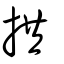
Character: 拱